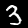
Digit: 3